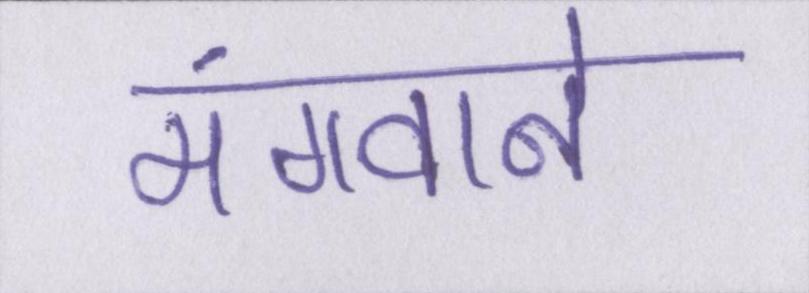
मंगवाने